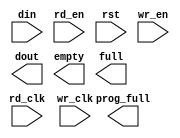
module rxfifo_8kx9_to_36(
	din,
	rd_clk,
	rd_en,
	rst,
	wr_clk,
	wr_en,
	dout,
	empty,
	full,
	prog_full);


input [8 : 0] din;
input rd_clk;
input rd_en;
input rst;
input wr_clk;
input wr_en;
output [35 : 0] dout;
output empty;
output full;
output prog_full;

// synthesis translate_off

      FIFO_GENERATOR_V4_2 #(
		.C_COMMON_CLOCK(0),
		.C_COUNT_TYPE(0),
		.C_DATA_COUNT_WIDTH(11),
		.C_DEFAULT_VALUE("BlankString"),
		.C_DIN_WIDTH(9),
		.C_DOUT_RST_VAL("0"),
		.C_DOUT_WIDTH(36),
		.C_ENABLE_RLOCS(0),
		.C_FAMILY("virtex2p"),
		.C_FULL_FLAGS_RST_VAL(1),
		.C_HAS_ALMOST_EMPTY(0),
		.C_HAS_ALMOST_FULL(0),
		.C_HAS_BACKUP(0),
		.C_HAS_DATA_COUNT(0),
		.C_HAS_INT_CLK(0),
		.C_HAS_MEMINIT_FILE(0),
		.C_HAS_OVERFLOW(0),
		.C_HAS_RD_DATA_COUNT(0),
		.C_HAS_RD_RST(0),
		.C_HAS_RST(1),
		.C_HAS_SRST(0),
		.C_HAS_UNDERFLOW(0),
		.C_HAS_VALID(0),
		.C_HAS_WR_ACK(0),
		.C_HAS_WR_DATA_COUNT(0),
		.C_HAS_WR_RST(0),
		.C_IMPLEMENTATION_TYPE(2),
		.C_INIT_WR_PNTR_VAL(0),
		.C_MEMORY_TYPE(1),
		.C_MIF_FILE_NAME("BlankString"),
		.C_OPTIMIZATION_MODE(0),
		.C_OVERFLOW_LOW(0),
		.C_PRELOAD_LATENCY(1),
		.C_PRELOAD_REGS(0),
		.C_PRIM_FIFO_TYPE("4kx9"),
		.C_PROG_EMPTY_THRESH_ASSERT_VAL(5),
		.C_PROG_EMPTY_THRESH_NEGATE_VAL(6),
		.C_PROG_EMPTY_TYPE(0),
		.C_PROG_FULL_THRESH_ASSERT_VAL(6100),
		.C_PROG_FULL_THRESH_NEGATE_VAL(6099),
		.C_PROG_FULL_TYPE(1),
		.C_RD_DATA_COUNT_WIDTH(11),
		.C_RD_DEPTH(2048),
		.C_RD_FREQ(100),
		.C_RD_PNTR_WIDTH(11),
		.C_UNDERFLOW_LOW(0),
		.C_USE_DOUT_RST(1),
		.C_USE_ECC(0),
		.C_USE_EMBEDDED_REG(0),
		.C_USE_FIFO16_FLAGS(0),
		.C_USE_FWFT_DATA_COUNT(0),
		.C_VALID_LOW(0),
		.C_WR_ACK_LOW(0),
		.C_WR_DATA_COUNT_WIDTH(11),
		.C_WR_DEPTH(8192),
		.C_WR_FREQ(100),
		.C_WR_PNTR_WIDTH(13),
		.C_WR_RESPONSE_LATENCY(1))
	inst (
		.DIN(din),
		.RD_CLK(rd_clk),
		.RD_EN(rd_en),
		.RST(rst),
		.WR_CLK(wr_clk),
		.WR_EN(wr_en),
		.DOUT(dout),
		.EMPTY(empty),
		.FULL(full),
		.PROG_FULL(prog_full),
		.CLK(),
		.INT_CLK(),
		.BACKUP(),
		.BACKUP_MARKER(),
		.PROG_EMPTY_THRESH(),
		.PROG_EMPTY_THRESH_ASSERT(),
		.PROG_EMPTY_THRESH_NEGATE(),
		.PROG_FULL_THRESH(),
		.PROG_FULL_THRESH_ASSERT(),
		.PROG_FULL_THRESH_NEGATE(),
		.RD_RST(),
		.SRST(),
		.WR_RST(),
		.ALMOST_EMPTY(),
		.ALMOST_FULL(),
		.DATA_COUNT(),
		.OVERFLOW(),
		.PROG_EMPTY(),
		.VALID(),
		.RD_DATA_COUNT(),
		.UNDERFLOW(),
		.WR_ACK(),
		.WR_DATA_COUNT(),
		.SBITERR(),
		.DBITERR());


// synthesis translate_on

endmodule